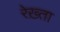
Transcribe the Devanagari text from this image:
रेख़्ता